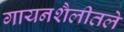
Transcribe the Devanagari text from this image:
गायनशैलीतले